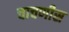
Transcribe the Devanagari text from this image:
चाचणीस